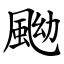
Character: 䬀